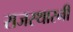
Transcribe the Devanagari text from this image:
राजस्थारनी